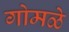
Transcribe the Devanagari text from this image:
गोमळे